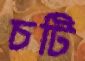
চটি